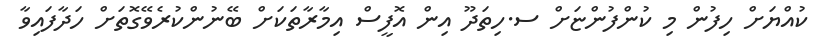
ކުއްޔަށް ހިފުން މި ކުންފުންޏަށް ސ.ހިތަދޫ އިން އޮފީސް އިމާރާތަކަށް ބޭނުންކުރެވޭގޮތަށް ހަދާފައިވާ